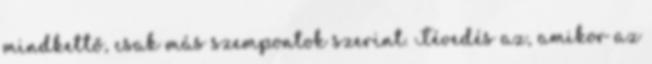
mindkettő, csak más szempontok szerint. Tévedés az, amikor az